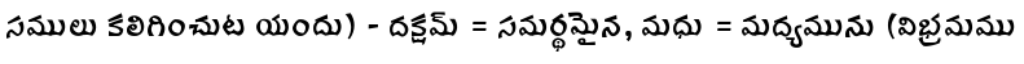
సములు కలిగించుట యందు) - దక్షమ్ = సమర్థమైన, మధు = మద్యమును (విభ్రమము